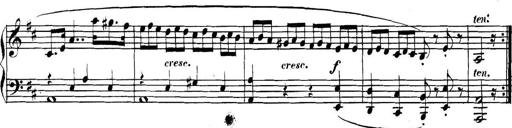
Title: Collected Piano Sonatas
Composer: Muzio Clementi